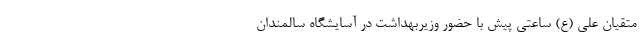
متقیان علی (ع) ساعتی پیش با حضور وزیربهداشت در آسایشگاه سالمندان